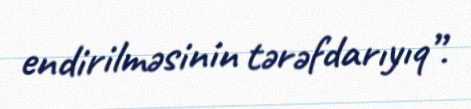
endirilməsinin tərəfdarıyıq”.